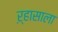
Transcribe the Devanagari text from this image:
ऱ्हासाला